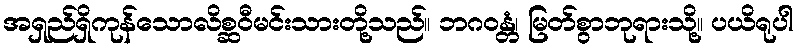
အရှည်ရှိကုန်သောလိစ္ဆဝီမင်းသားတို့သည်။ ဘဂဝန္တံ၊ မြတ်စွာဘုရားသို့။ ပယိရုပါ